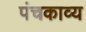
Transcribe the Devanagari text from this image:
पंचकाव्य